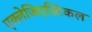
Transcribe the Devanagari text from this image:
एक्लेजिएस्टिकल